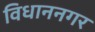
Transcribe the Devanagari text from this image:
विधाननगर